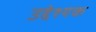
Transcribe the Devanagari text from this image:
उद्देश्यक